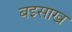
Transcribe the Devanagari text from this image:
बइसाख